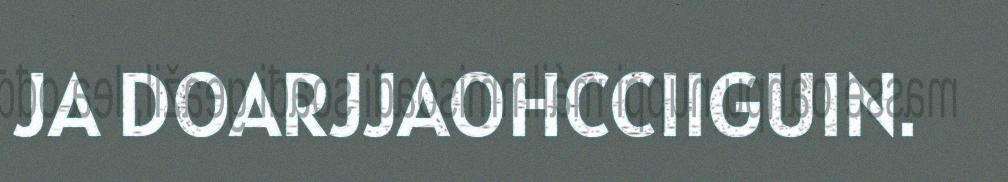
JA DOARJJAOHCCIIGUIN.